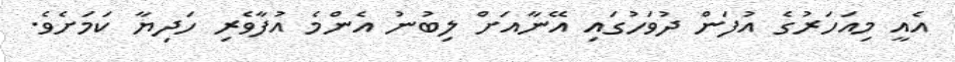
އެއީ މިއަހަރުގެ އުފަން ދުވަހުގައި އޭނާއަށް ލިބުނު އެންމެ އުފާވެރި ހަދިޔާ ކަމަށެވެ.